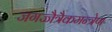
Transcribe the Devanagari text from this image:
जगज्जैत्रैकमन्त्रेण